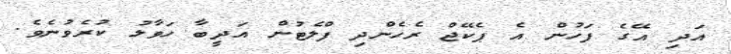
އަދި އޭގެ ފަހުން އެ ޕެކޭޖް ރެހެންދި ފްލެޓުން އަދީބާ ހަވާލު ކުރެވުނެވެ.